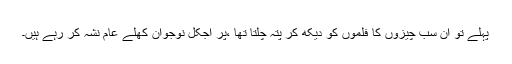
پہلے تو ان سب چیزوں کا فلموں کو دیکھ کر پتہ چلتا تھا ،پر آجکل نوجوان کھلے عام نشہ کر رہے ہیں۔